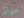
موالي